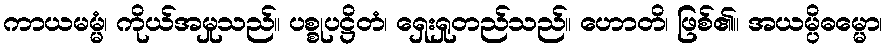
ကာယမမ္မံ၊ ကိုယ်အမှုသည်။ ပစ္စုပဋ္ဌိတံ၊ ရှေးရှုတည်သည်။ ဟောတိ၊ ဖြစ်၏။ အယမ္ပိဓမ္မော၊